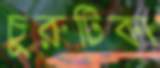
চুরুটিকা